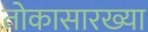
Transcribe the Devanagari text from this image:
तोकासारख्या